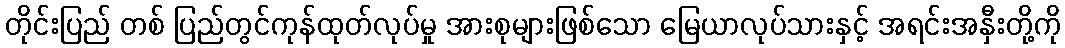
တိုင်းပြည် တစ် ပြည်တွင်ကုန်ထုတ်လုပ်မှု အားစုများဖြစ်သော မြေယာလုပ်သားနှင့် အရင်းအနှီးတို့ကို